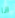
انا